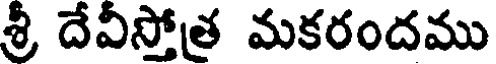
శ్రీ దేవిస్తోత్ర మకరందము